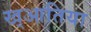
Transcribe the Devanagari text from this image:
ख्आतिया